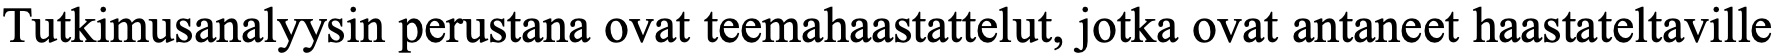
Tutkimusanalyysin perustana ovat teemahaastattelut, jotka ovat antaneet haastateltaville